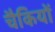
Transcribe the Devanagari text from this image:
चैकियों